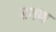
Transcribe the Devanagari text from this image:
रगण